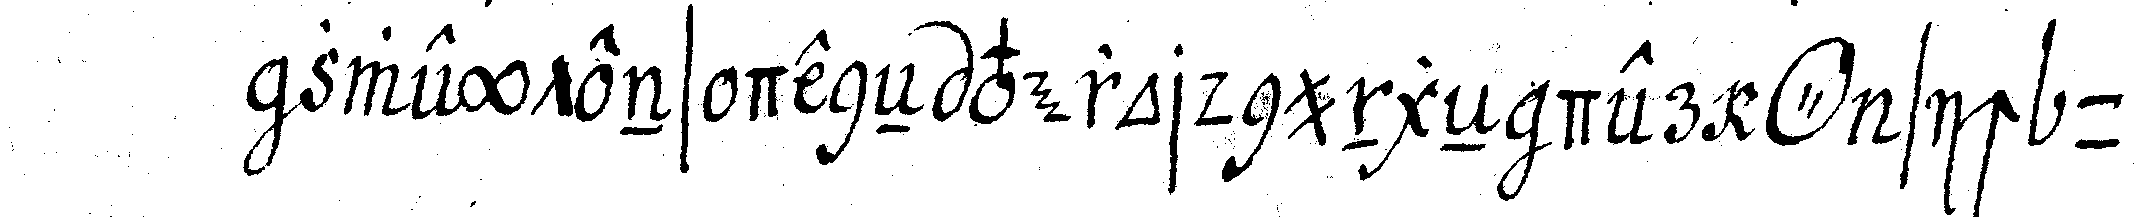
zweytens deneN verordnungeN der *o* sich un